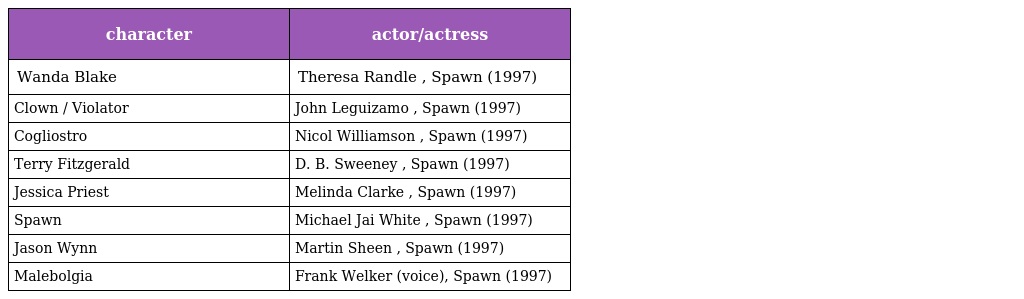
| character | actor/actress |
 | --- | --- |
 | Wanda Blake | Theresa Randle , Spawn (1997) |
 | Clown / Violator | John Leguizamo , Spawn (1997) |
 | Cogliostro | Nicol Williamson , Spawn (1997) |
 | Terry Fitzgerald | D. B. Sweeney , Spawn (1997) |
 | Jessica Priest | Melinda Clarke , Spawn (1997) |
 | Spawn | Michael Jai White , Spawn (1997) |
 | Jason Wynn | Martin Sheen , Spawn (1997) |
 | Malebolgia | Frank Welker (voice), Spawn (1997) |